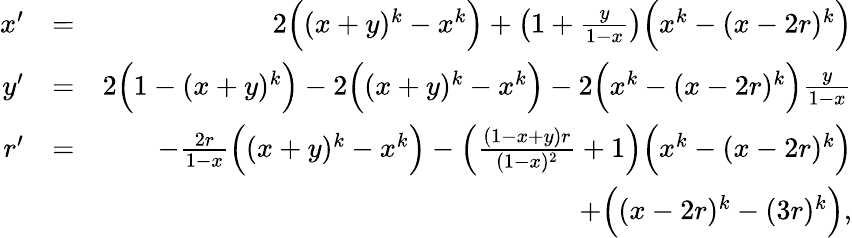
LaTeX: \begin{array}{rlr}{x^{\prime}}&{=}&{2\Big((x+y)^{k}-x^{k}\Big)+\left(1+\frac{y}{1-x}\right)\Big(x^{k}-(x-2r)^{k}\Big)}\\ {y^{\prime}}&{=}&{2\Big(1-(x+y)^{k}\Big)-2\Big((x+y)^{k}-x^{k}\Big)-2\Big(x^{k}-(x-2r)^{k}\Big)\frac{y}{1-x}}\\ {r^{\prime}}&{=}&{-\frac{2r}{1-x}\Big((x+y)^{k}-x^{k}\Big)-\left(\frac{(1-x+y)r}{(1-x)^{2}}+1\right)\Big(x^{k}-(x-2r)^{k}\Big)}\\ &{}&{+\Big((x-2r)^{k}-(3r)^{k}\Big),}\end{array}